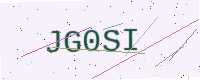
Text: JG0SI